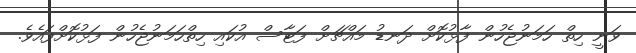
ވަނީ ހިތް ހަމަނުޖެހުން ފާޅުކޮށް ދަނޑު މައްޗަށް ފަޓާސް އުކައި ހިތްހަމަނުޖެހުން ފަޅުކޮށްފައެވެ.